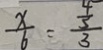
\frac { x } { 6 } = \frac { \frac { 4 } { 5 } } { 3 }